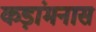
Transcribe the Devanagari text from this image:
कड़ांमनास